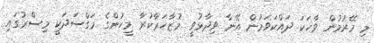
މި މޭރުމުން ވާހަކަ ދައްކަވަމުން އޭނާ ވިދާޅުވީ މުޒާހަރާކުރާ މީހުންގެ މަގްސަދަކީ މިސްރުގައި